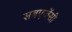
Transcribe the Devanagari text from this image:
सबएजेंसी